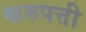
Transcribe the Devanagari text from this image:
करुपत्ती